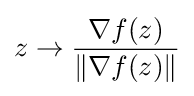
z\to {\frac {{\nabla }f(z)}{\|{\nabla }f(z)\|}}